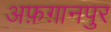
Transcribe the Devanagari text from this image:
अफ़ग़ानपुर